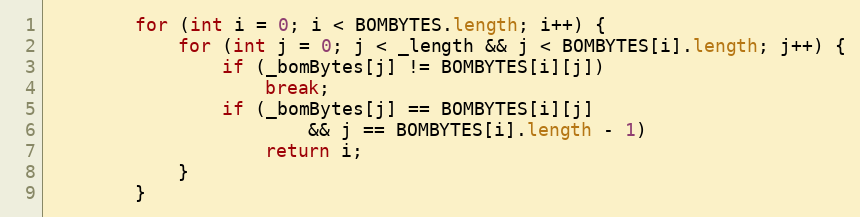
Language: Java
		for (int i = 0; i < BOMBYTES.length; i++) {
			for (int j = 0; j < _length && j < BOMBYTES[i].length; j++) {
				if (_bomBytes[j] != BOMBYTES[i][j])
					break;
				if (_bomBytes[j] == BOMBYTES[i][j]
						&& j == BOMBYTES[i].length - 1)
					return i;
			}
		}